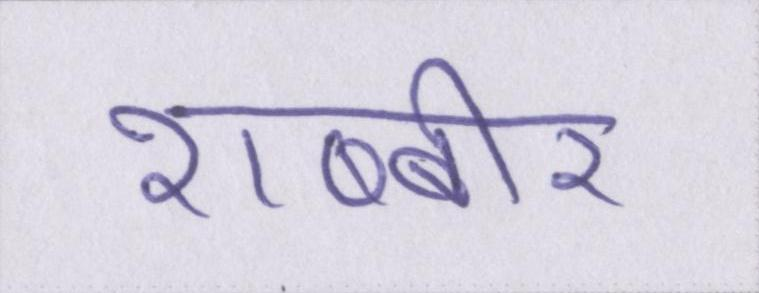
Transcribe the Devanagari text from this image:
शब्बीर